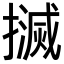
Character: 𢷄